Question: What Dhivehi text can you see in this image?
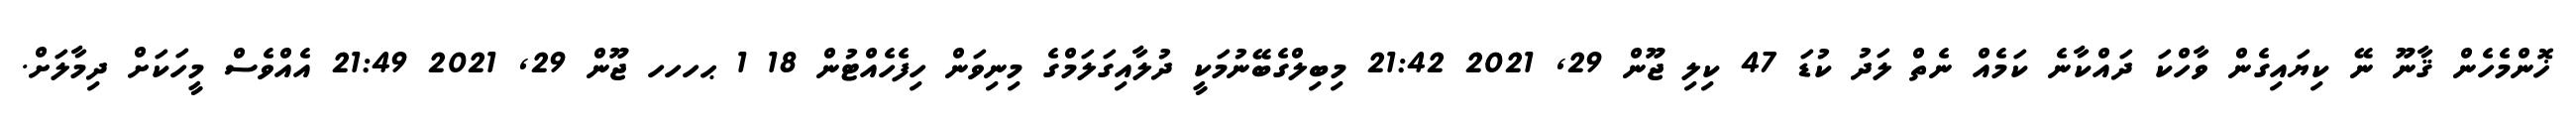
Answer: ޚޮންމެހެން ޤާނޫ ނޭ ކިޔައިގެން ވާހްކަ ދައްކާނެ ކަމެއް ނެތް ލަދު ކުޑަ 47 ކިލި ޖޫން 29, 2021 21:42 މިބިލްގެބޭނުމަކީ ދުލާއިގަލަމްގެ މިނިވަން ހިފެހެއްޓުން 18 1 ޙހހހ ޖޫން 29, 2021 21:49 އެއްވެސް މީހަކަށް ދިމާލަށް.